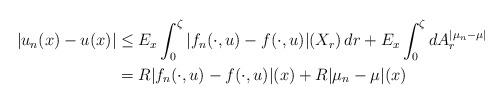
LaTeX: \begin{align*}|u_n(x)-u(x)|&\le E_x\int_0^\zeta|f_n(\cdot,u)-f(\cdot,u)|(X_r)\,dr+E_x\int_0^\zeta dA^{|\mu_n-\mu|}_r\\&=R|f_n(\cdot,u)-f(\cdot,u)|(x)+R|\mu_n-\mu|(x)\end{align*}